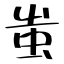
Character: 蚩